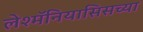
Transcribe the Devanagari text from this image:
लेश्मॅनियासिसच्या